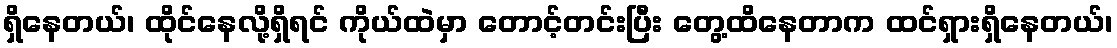
ရှိနေတယ်၊ ထိုင်နေလို့ရှိရင် ကိုယ်ထဲမှာ တောင့်တင်းပြီး တွေ့ထိနေတာက ထင်ရှားရှိနေတယ်၊